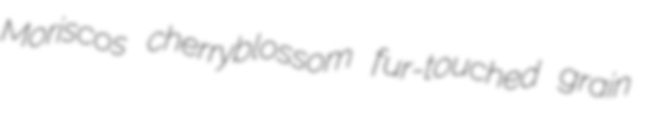
Moriscos cherryblossom fur-touched grain